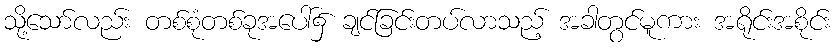
သို့သော်လည်း တစ်စုံတစ်ခုအပေါ်၌ ချင်ခြင်းတပ်လာသည့် အခါတွင်မူကား အရိုင်းအစိုင်း